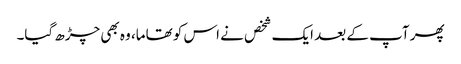
پھر آپ کے بعد ایک شخص نے اس کو تھاما، وہ بھی چڑھ گیا۔